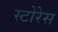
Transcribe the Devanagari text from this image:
स्टोरेस